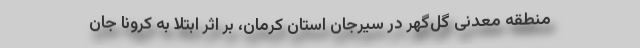
منطقه معدنی گل‌گهر در سیرجان استان کرمان، بر اثر ابتلا به کرونا جان